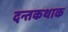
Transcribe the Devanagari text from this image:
दन्तकथाक